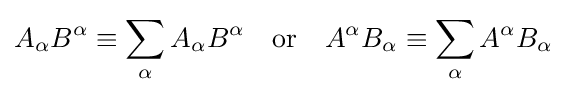
A_{\alpha }B^{\alpha }\equiv \sum _{\alpha }A_{\alpha }B^{\alpha }\quad {\text{or}}\quad A^{\alpha }B_{\alpha }\equiv \sum _{\alpha }A^{\alpha }B_{\alpha }